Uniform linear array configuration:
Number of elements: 8
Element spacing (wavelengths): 0.25
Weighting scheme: hamming
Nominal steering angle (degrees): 45
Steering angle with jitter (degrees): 46.215
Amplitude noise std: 0.05
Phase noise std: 0.05

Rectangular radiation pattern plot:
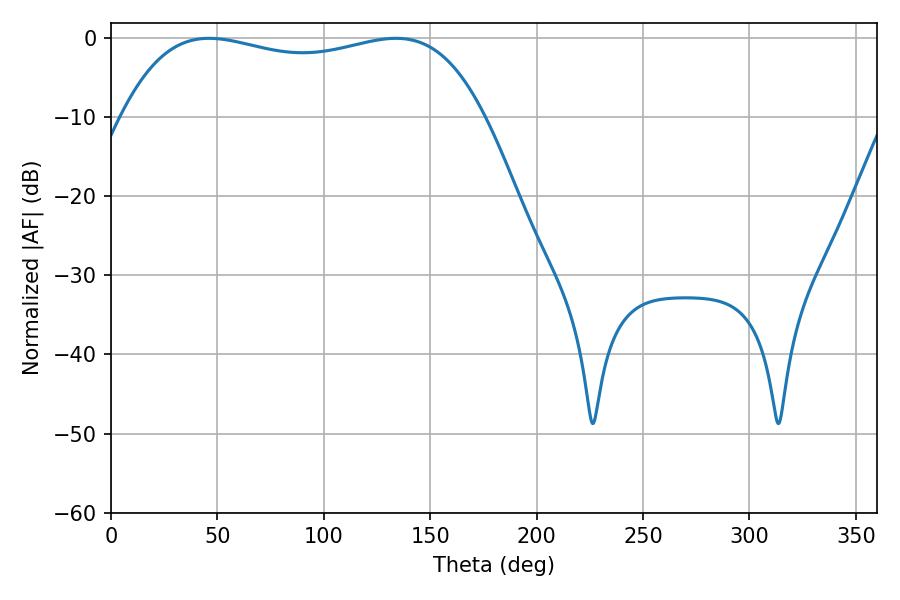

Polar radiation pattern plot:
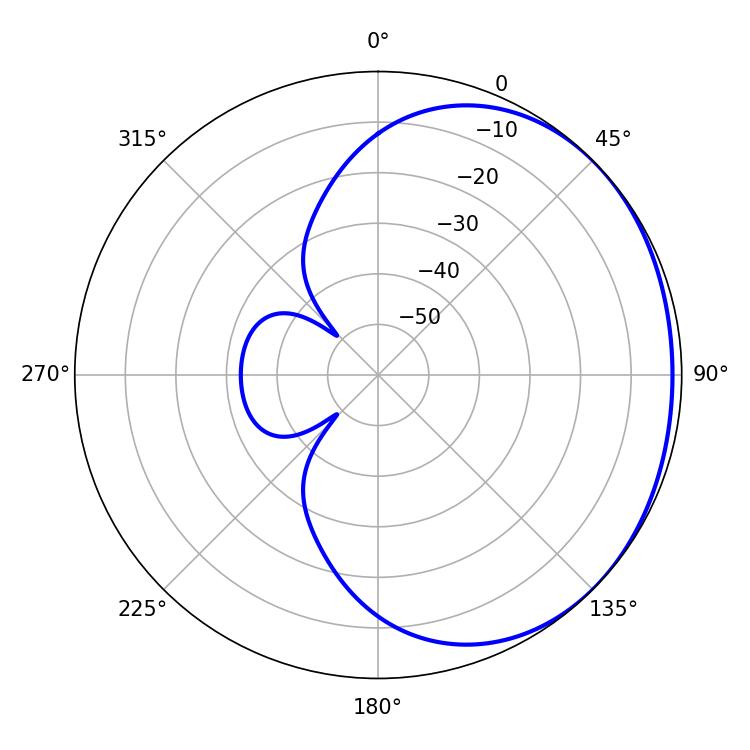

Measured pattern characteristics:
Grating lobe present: FALSE
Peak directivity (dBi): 1.089
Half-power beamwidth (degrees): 137.52
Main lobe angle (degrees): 46.08